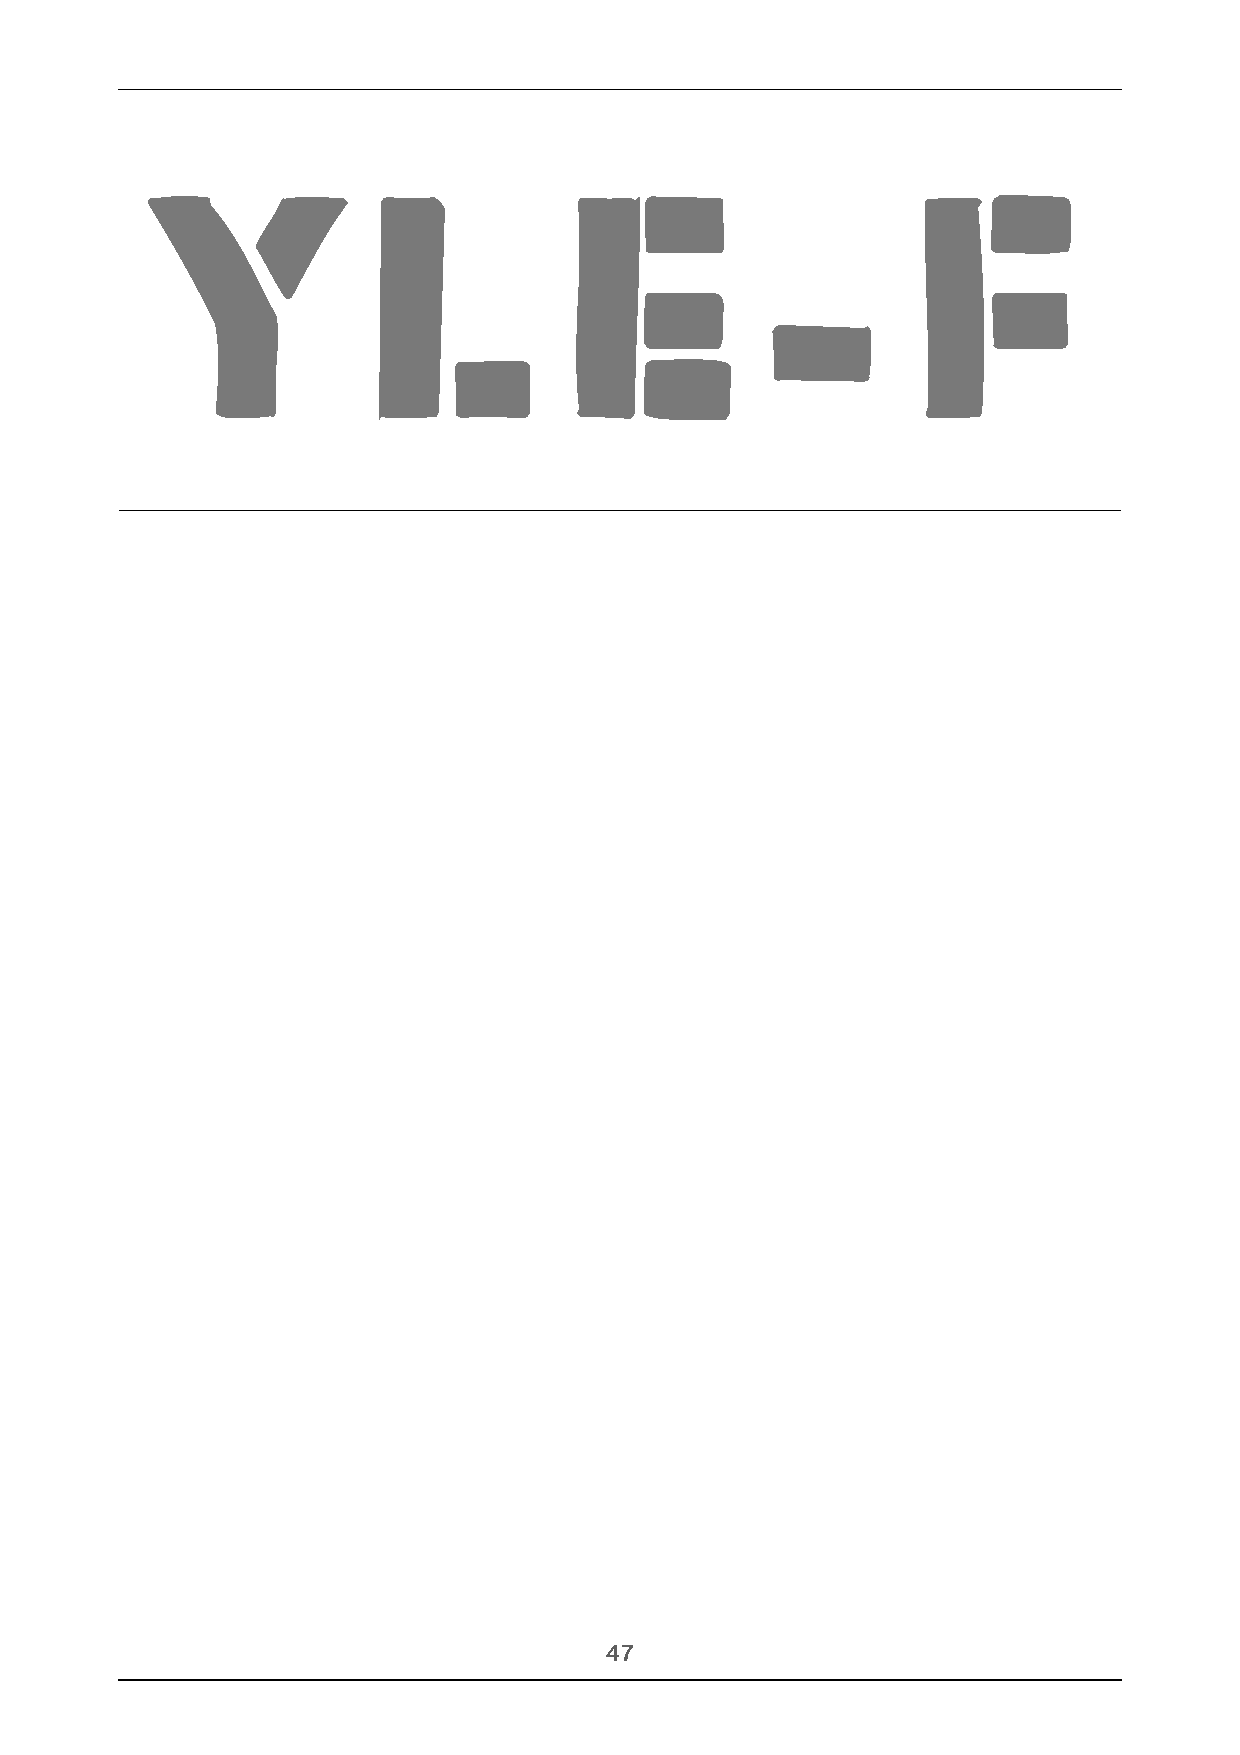
Y             L            E            -         F
 !47